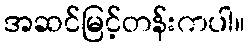
အဆင်မြင့်တန်းကပါ။